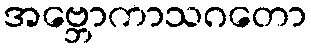
အဗ္ဘောကာသဂတော